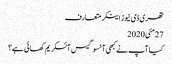
تھری ڈی نیوز اینکر متعارف
27مئی2020
کیا آپ نے کبھی آنسو گیس آئسکریم کھائی ہے؟